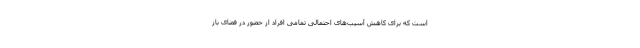
است که برای کاهش آسیب‌های احتمالی تمامی افراد از حضور در فضای باز